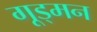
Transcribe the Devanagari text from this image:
गूड्मन